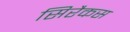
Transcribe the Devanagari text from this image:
सिरैकस